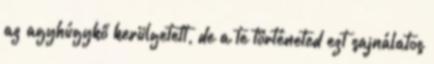
az agyhúgykő kerülgetett, de a te történeted ezt sajnálatos